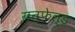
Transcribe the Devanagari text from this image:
ग्रन्फेल्ड